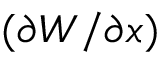
( \partial W / \partial x )